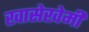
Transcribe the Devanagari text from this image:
खासेखेमी